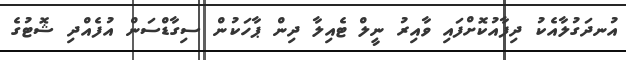
އުނދަގުލާއެކު ދިފާއުކޮށްފައި ވާއިރު ނީލް ޓެއިލާ ދިން ޕާހަކުން ސިގާޑްސަން އުފެއްދި ޝޮޓުގެ